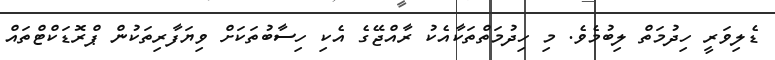
ޑެލިވަރީ ހިދުމަތް ލިބުމެވެ. މި ހިދުމަތްތަކާއެކު ރާއްޖޭގެ އެކި ހިސާބުތަކަށް ވިޔަފާރިތަކުން ޕްރޮޑަކްޓްތައް